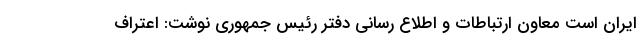
ایران است معاون ارتباطات و اطلاع رسانی دفتر رئیس جمهوری نوشت: اعتراف